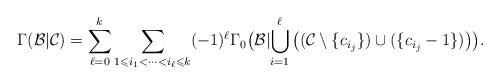
LaTeX: \begin{align*}\Gamma(\mathcal{B}\lvert\mathcal{C})=\sum_{\ell=0}^k\sum_{1\leqslant i_1<\cdots<i_\ell\leqslant k}(-1)^\ell\Gamma_0\big(\mathcal{B}\lvert\bigcup_{i=1}^\ell\big((\mathcal{C}\setminus\{c_{i_j}\})\cup(\{c_{i_j}-1\})\big)\big).\end{align*}